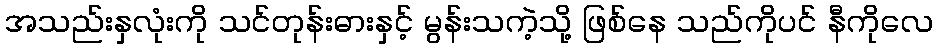
အသည်းနှလုံးကို သင်တုန်းဓားနှင့် မွန်းသကဲ့သို့ ဖြစ်နေ သည်ကိုပင် နီကိုလေ